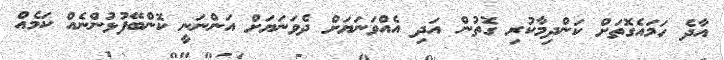
އާދެ ހަމައެގޮތަށް ކަންދިމާކުރި ގޮތުން އަދި އެއްވަނަޔަށް ދެވަނަޔަށް އަންނަނީ ކޮންބޭފުޅުންނެއް ކަމެއް